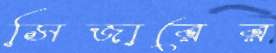
সিজারের